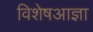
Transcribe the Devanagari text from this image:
विशेषआज्ञा